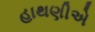
હાથણીએ